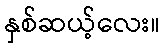
နှစ်ဆယ့်လေး။